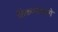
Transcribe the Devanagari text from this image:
शिकण्यामागे